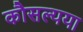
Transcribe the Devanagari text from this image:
कौसल्यया